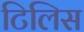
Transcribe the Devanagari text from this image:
टिलिस